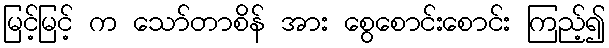
မြင့်မြင့် က သော်တာစိန် အား စွေစောင်းစောင်း ကြည့်၍